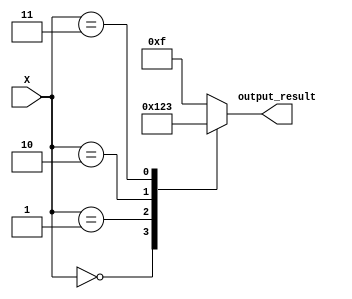
module x_based_case_statement (
    input wire [3:0] X,
    output reg [3:0] output_result
);

always @(*)
begin
    case(X)
        4'b0000: output_result = 4'b0000;
        4'b0001: output_result = 4'b0001;
        4'b0010: output_result = 4'b0010;
        4'b0011: output_result = 4'b0011;
        default: output_result = 4'b1111;
    endcase
end

endmodule